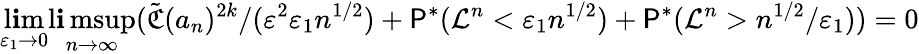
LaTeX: \operatorname*{l\mathbf{i}m}_{\varepsilon_{1}\to0}\operatorname*{l\mathbf{i}msup}_{n\to\infty}(\tilde{{\mathfrak{{C}}}}(a_{n})^{2k}/(\varepsilon^{2}\varepsilon_{1}n^{1/2})+\P^{*}(\mathcal{{L}}^{n}<\varepsilon_{1}n^{1/2})+\P^{*}(\mathcal{{L}}^{n}>n^{1/2}/\varepsilon_{1}))=0